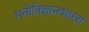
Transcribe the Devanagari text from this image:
मनोविज्ञानशाखा